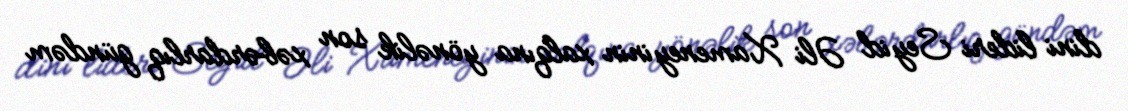
dini lideri Seyid Əli Xameneyinin xalqına yönəlik son xəbərdarlıq gündəm